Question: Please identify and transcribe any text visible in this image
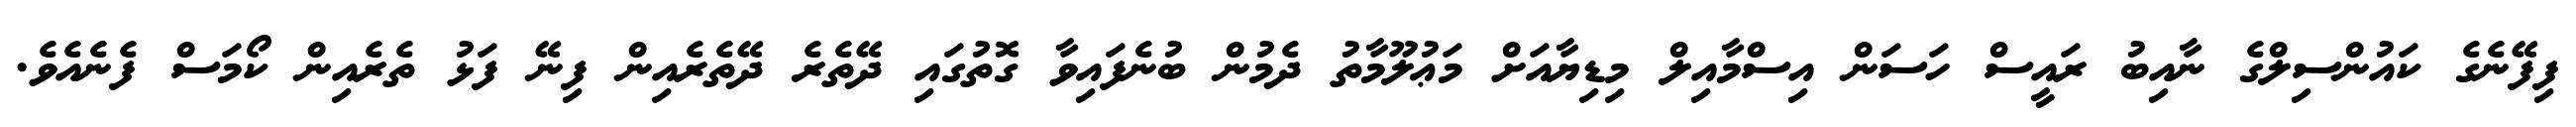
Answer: ފިފޭނެގެ ކައުންސިލްގެ ނާއިބު ރައީސް ހަސަން އިސްމާއިލް މިޑިޔާއަށް މަޢުލޫމާތު ދެމުން ބުނެފައިވާ ގޮތުގައި ދޭތެރެ ދޭތެރެއިން ފިނޭ ފަޅު ތެރެއިން ކޯމަސް ފެނެއެވެ.